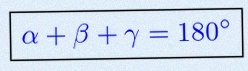
\alpha+\beta+\gamma=180^\circ